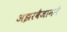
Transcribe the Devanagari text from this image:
अझरबैजानने